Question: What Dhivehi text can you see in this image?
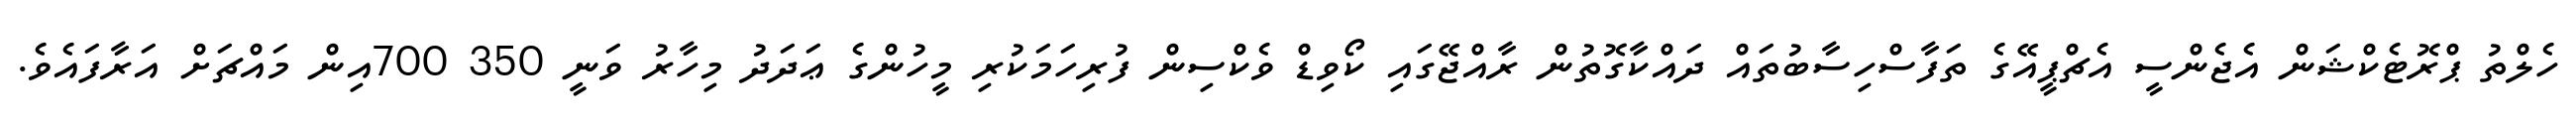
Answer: ހެލްތު ޕްރޮޓެކްޝަން އެޖެންސީ އެޗްޕީއޭގެ ތަފާސްހިސާބުތައް ދައްކާގޮތުން ރާއްޖޭގައި ކޯވިޑް ވެކްސިން ފުރިހަމަކުރި މީހުންގެ ޢަދަދު މިހާރު ވަނީ 350 700އިން މައްޗަށް އަރާފައެވެ.